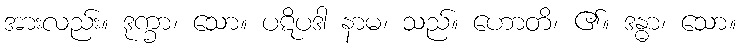
အားလည်း။ ဒုက္ခာ၊ သော။ ပဋိပဒါ နာမ၊ သည်။ ဟောတိ၊ ၏။ ဒန္ဓာ၊ သော။